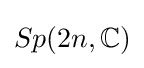
Sp(2n,\mathbb {C} )